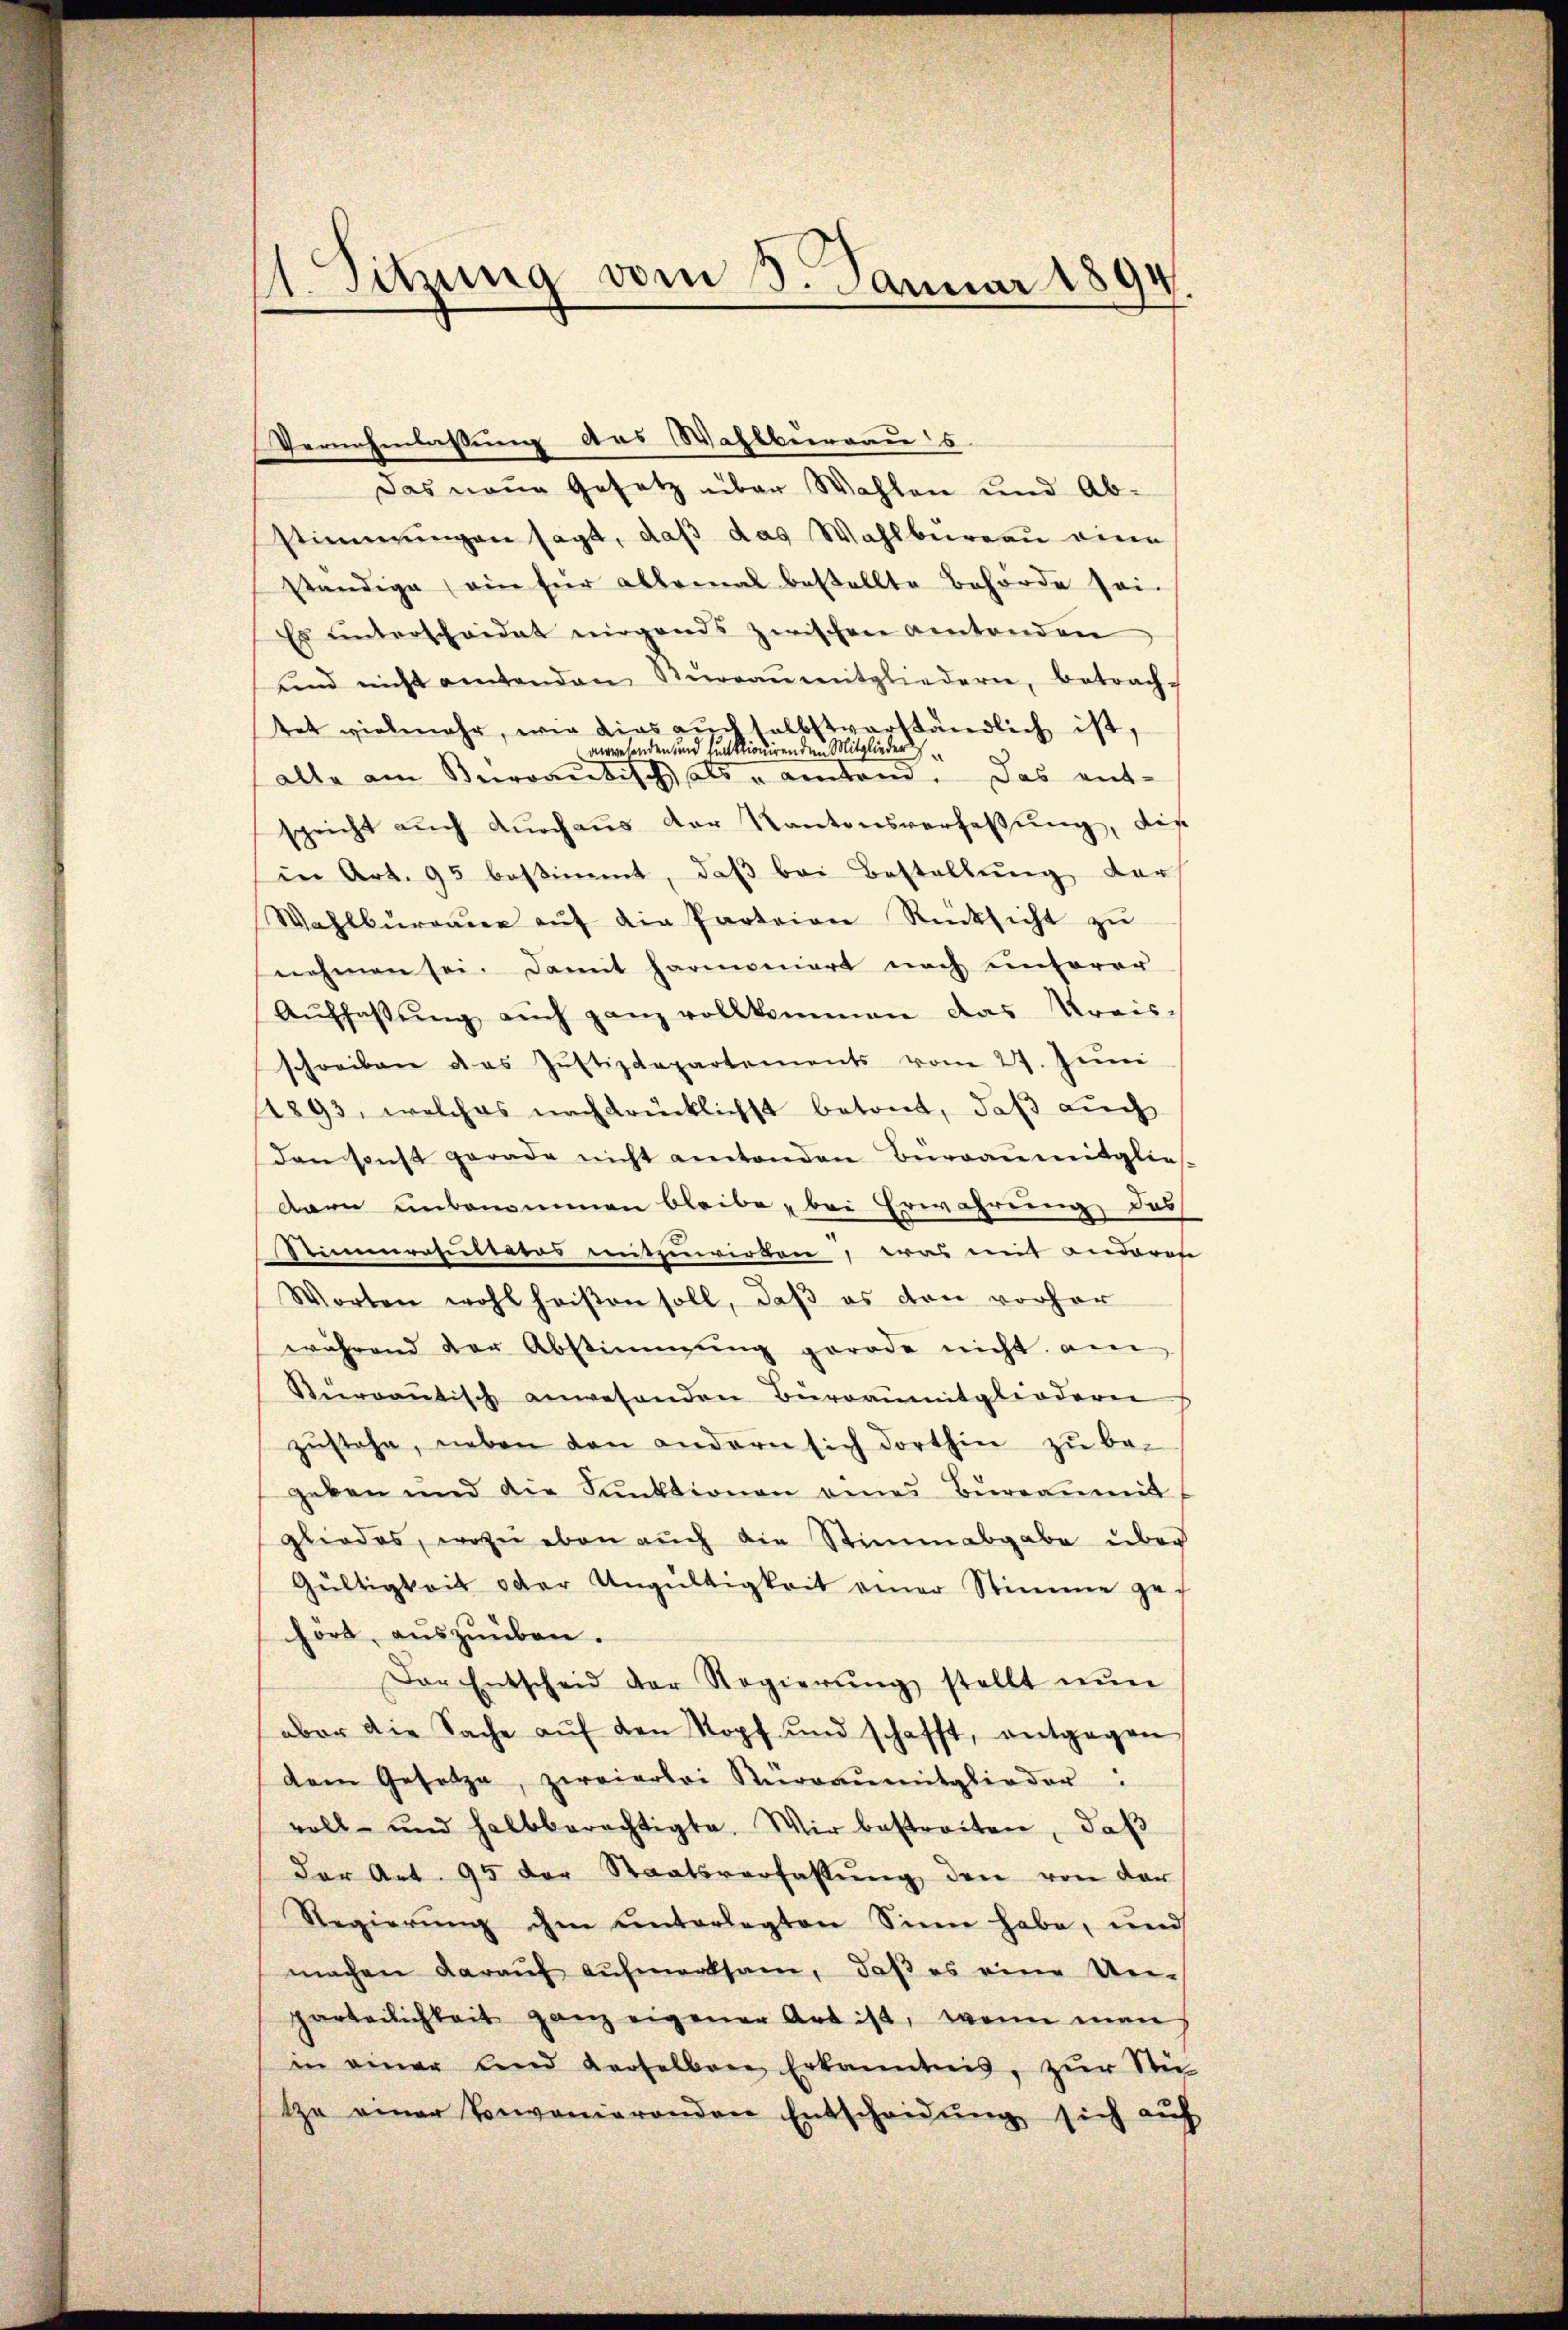
1. Sitzung vom 3. Januar 1894.

Vernehmlassung des Wahlburgau s
Das neue Gesetz über Wahlen und Abstimmungen sagt, daß das Wahlbureau eine
ständige ein für ablemal bestellte Behörde sei.
Es unterscheidet nirgends zwischen antenden
und nicht entenden Stüreaŭmitgliedern, betrach-
tet vielmehr, wie dies aŭch selbstverständlich ist,
verwesenden und funktionirenden Mitglieder
alle am Berrantisch als u anten. Das ent-
spricht auch durchaus der Kantonsverfassung, die
in Art. 95 bestimmt, daß bei Bestellung der
Wahlbüreaŭr aŭf die Parteien Rücksicht zu
nehmen sei. Damit harmoniert nach unserer
Aŭffassŭng aŭch ganz vollkommen das Kreis-
schreiben das Jŭstizdepartements vom 27. Jŭni
1893, welches nachdrücklichst betont, daß auch
Dan sonst gerade nicht entenden Büreaŭmitglies-
Aarn unbenommen bleibe, bei Erwahrung des
Stimmroulteras mitzuwirken, was mit anderen
Worten wohl heißen soll, daβ es den vorher
während der Abstimmung gerade nicht am
Kervantisch anwesenden Büroanmitgliederne
zŭstehe, neben den andern sich dorthin zu begeben und die Funktionen eines Bureanmit
gliedes, wozu eben auch die Stimmabgabe über
Gültigkeit oder Ungültigkeit einer Stimme gehort, aŭszŭüben.
Der Entscheid der Regierŭng stellt nŭn
aber die Sache aŭf den Kopf und schafft, entgegen
dem Gesetze, zweierlei Rürranmitglieder:
voll- und halbberechtigte. Wir bestreiten, daβ
Der Art. 95 der Staatsverfassŭng den von der
Regierung ihm unterlegten Sinn habe, und
machen daraŭf aŭfmerksam, daß es eine Un-
parteilichkeit ganz eigener Art ist, wenn man
in einer und derselbare Erkanntnis, zŭr See-
te einer konvenierenden Entscheidŭng sich auf